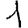
Digit: 1